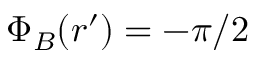
\Phi _ { B } ( \boldsymbol { r } ^ { \prime } ) = - \pi / 2